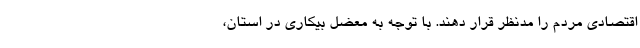
اقتصادی مردم را مدنظر قرار دهند. با توجه به معضل بیکاری در استان،